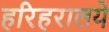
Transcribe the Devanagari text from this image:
हरिहरालये